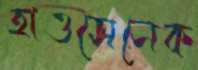
হাওসেনেক